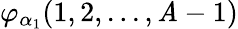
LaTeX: \varphi_{\alpha_{1}}(1,2,...,\mathit{A}-1)